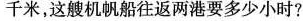
千米，这艘机帆船往返两港要多少小时?